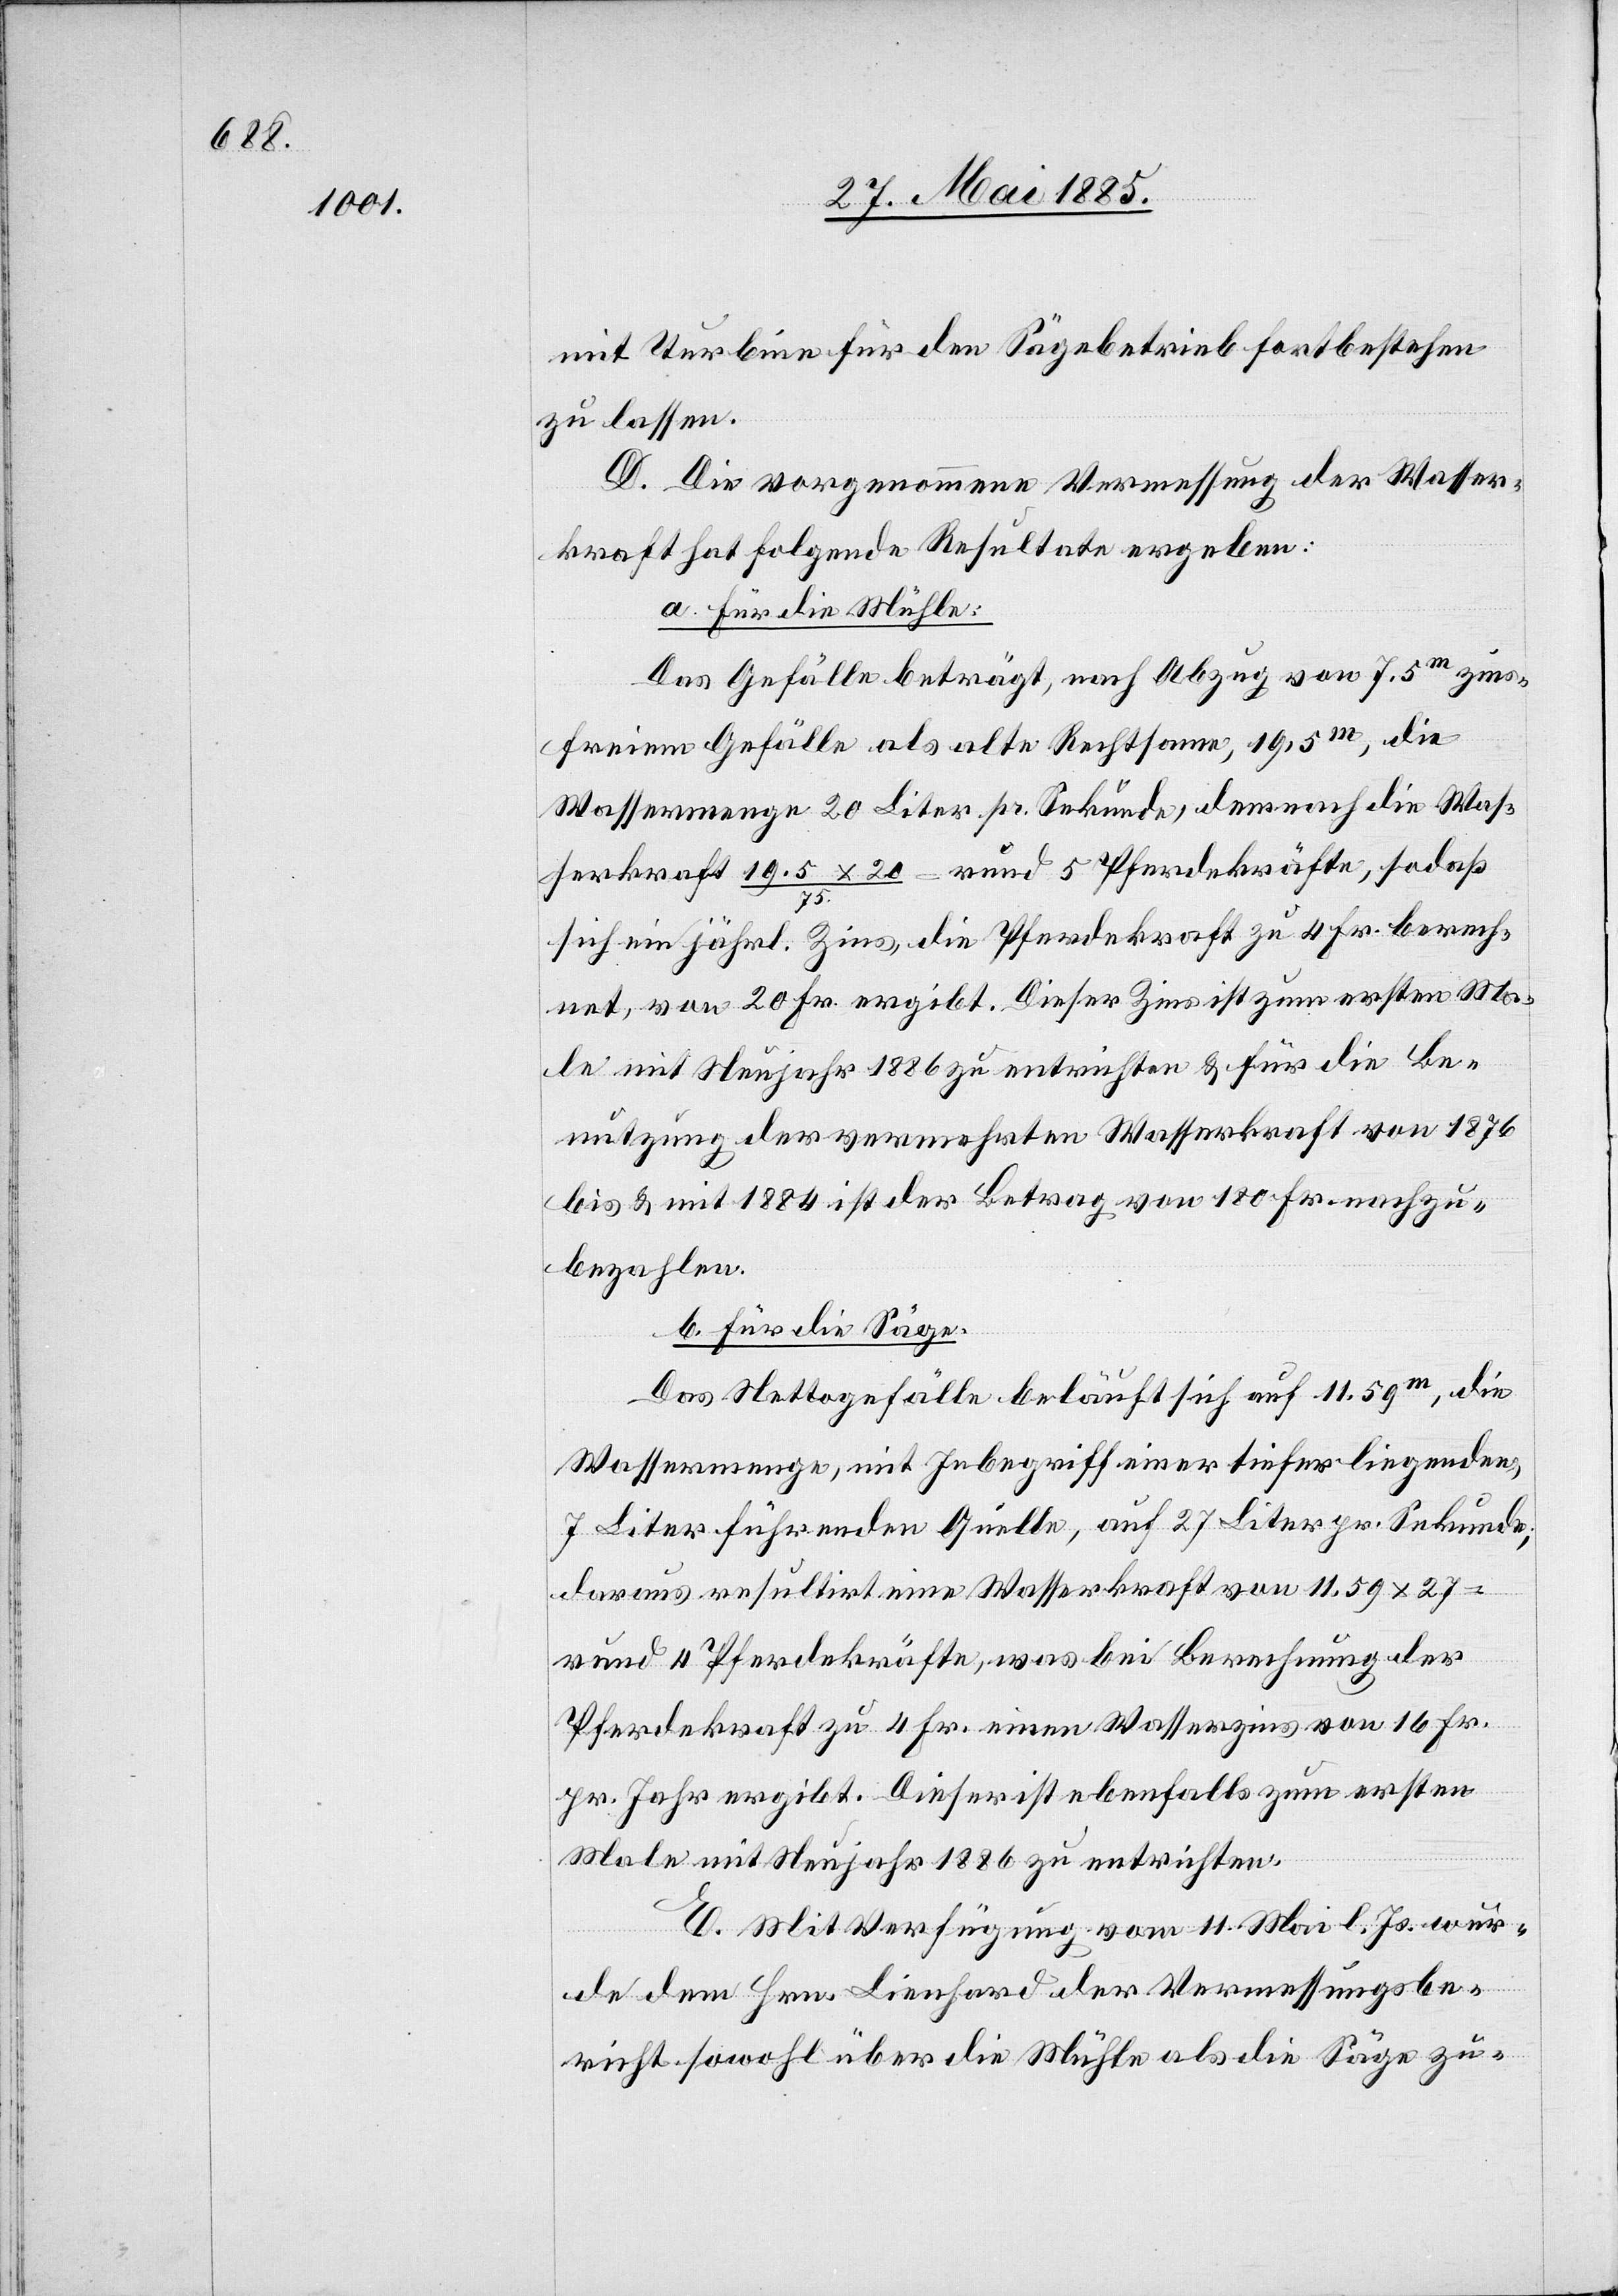
mit Turbine für den Sägebetrieb fortbestehen
zu lassen.
D. Die vorgenommene Vermessung der Wasser¬
kraft hat folgende Resultate ergeben:
a. Für die Mühle.
Das Gefälle beträgt, nach Abzug von 7.5 m zins¬
freiem Gefälle als alte Rechtsame, 19.5 m, die
Wassermenge 20 Liter pr. Sekunde, dernach die Was¬
serkraft 19.5 x 20 / 75 = rund 5 Pferdekräfte, sodaß
sich ein jährl. Zins, die Pferdekraft zu 4 Fr. berech¬
net, von 20 Fr. ergibt. Dieser Zins ist zum ersten Ma¬
le mit Neujahr 1886 zu entrichten & für die Be¬
nutzung der vermehrten Wasserkraft von 1876
bis & mit 1884 ist der Betrag von 180 Fr. nachzu¬
bezahlen.
b. Für die Säge.
Das Nettogefälle beläuft sich auf 11.59 m, die
Wassermenge, mit Inbegriff einer tieferliegenden
7 Liter führenden Quelle, auf 27 Liter pr. Sekunde;
daraus resultirt eine Wasserkraft von 11.59 x 27
rund 4 Pferdekräfte, was bei Berechnung der
Pferdekraft zu 4 Fr. einen Wasserzins von 16 Fr.
pr. Jahr ergibt. Dieser ist ebenfalls zum ersten
Male mit Neujahr 1886 zu entrichten.
E. Mit Verfügung vom 11. Mai l. Js. wur¬
de dem Hrn. Lienhard der Vermessungsbe¬
richt sowohl über die Mühle als die Säge zu-